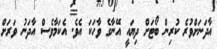
އާދަނަށްވުރެ ކުރިން ބޯޓަށް ދިޔައީ އޭނާގެ ވާހަކަ އެވެ. އެކަމާވެސް އާދަނު ވަރަށް